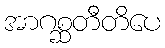
အာဂစ္ဆတီတိပေ